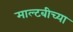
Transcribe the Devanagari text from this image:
माल्टबीच्या